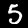
Label: 5